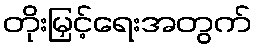
တိုးမြှင့်ရေးအတွက်